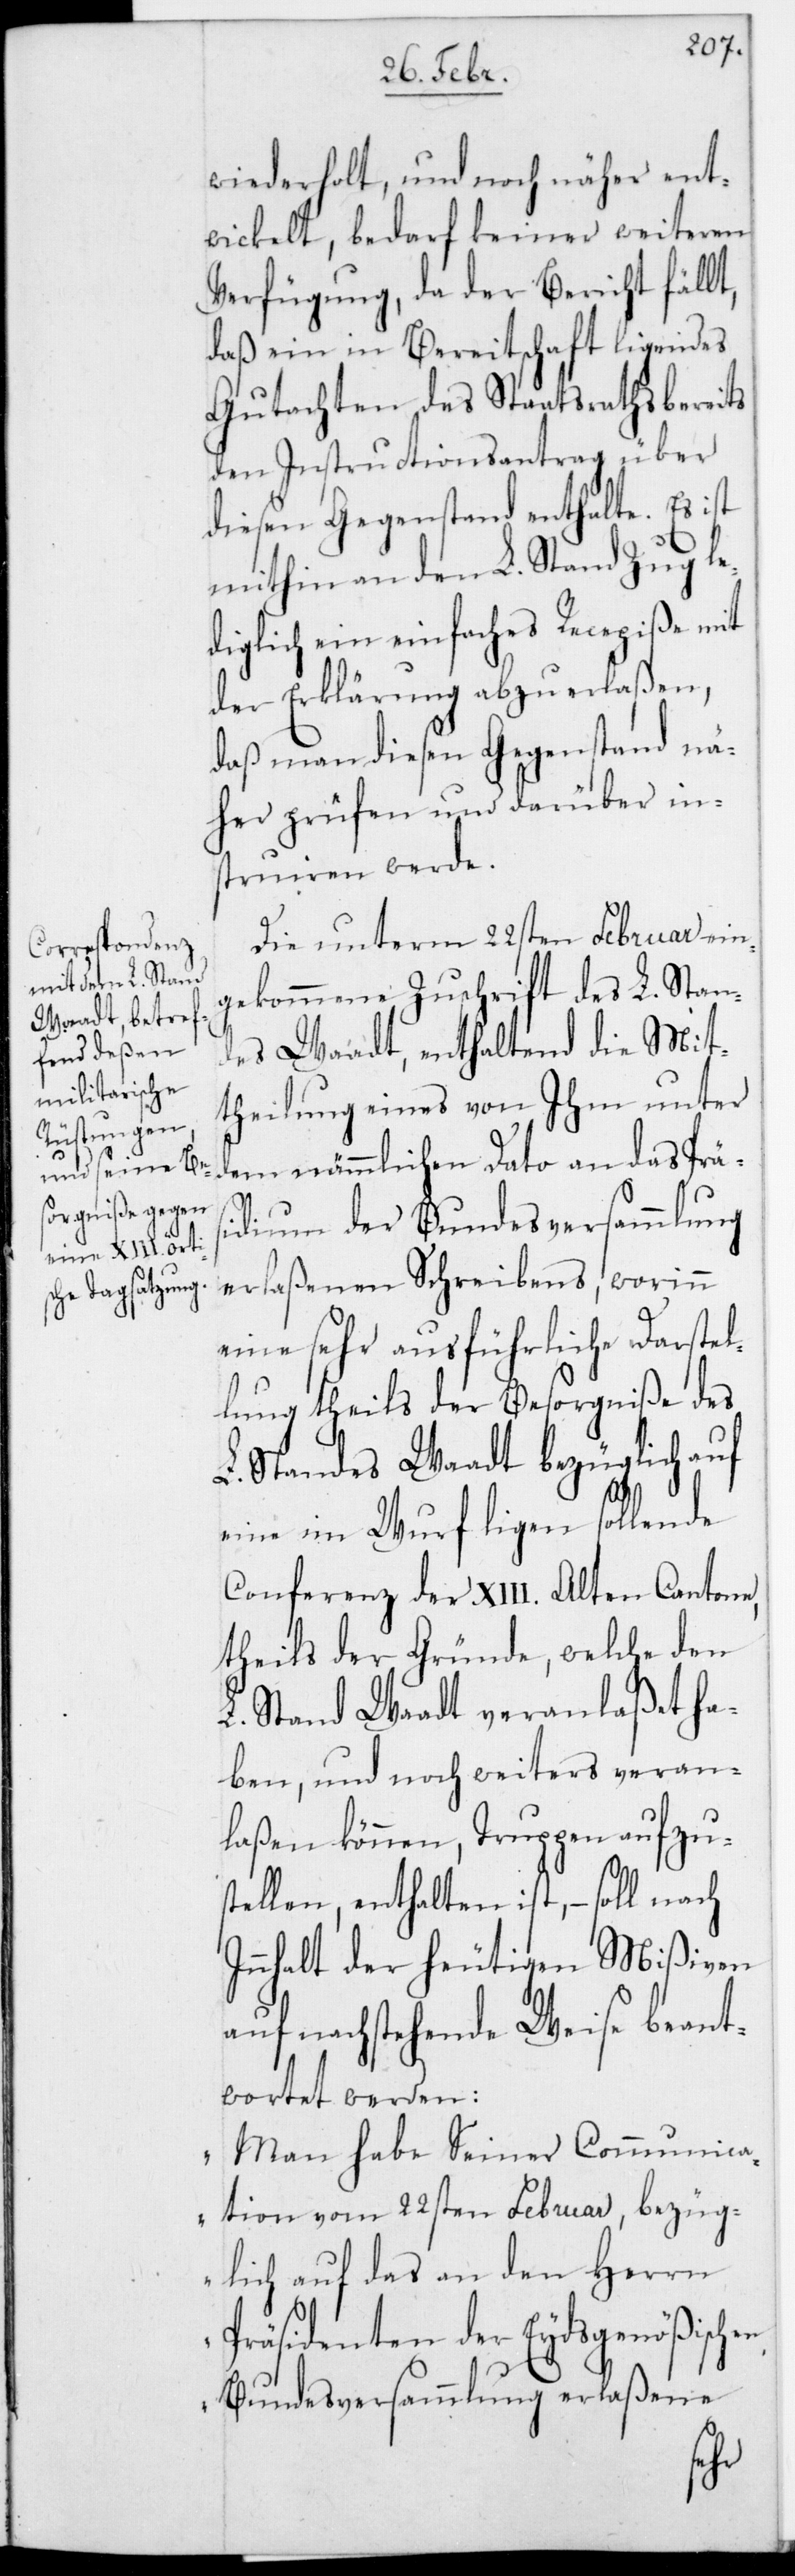
wiederholt, und noch näher ent¬
wickelt, bedarf keiner weiteren
Verfügung, da der Bericht fällt,
daß ein in Bereitschaft ligendes
Gutachten des Staatsraths bereits
den Instructionsantrag über
diesen Gegenstand enthalte. Es ist
mithin an den L. Stand Zug le¬
diglich ein einfaches Recepiße mit
der Erklärung abzuerlaßen,
daß man diesen Gegenstand nä¬
her prüfen und darüber in¬
struieren werde.
Die unterm 22sten Februar ein¬
gekommene Zuschrift des L. Stand¬
es Waadt, enthaltend die Mit¬
theilung eines von ihm unter
dem nämmlichen Dato an das Präs¬
idium der Bundesversammlung
erlaßenen Schreibens, worinn
eine sehr ausführliche Darstel¬
lung theils der Besorgniße des
L. Standes Waadt bezüglich auf
eine im Wurf liegen sollende
Conferenz der XIII. Alten Cantone,
theils der Gründe, welche den
L. Stand Waadt veranlaßet ha¬
ben, und noch weiters veran¬
laßen können, Truppen aufzu¬
stellen, enthalten ist, – soll nach
Innhalt der heutigen Mißiven
auf nachstehende Weise beant¬
wortet werden:
„Man habe Seiner Communica¬
tion vom 22sten Februar, bezüg¬
lich auf das an den Herrn
Präsidenten der Eydsgenößischen
Bundesversammlung erlaßene